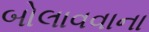
બોલાવવાના